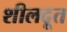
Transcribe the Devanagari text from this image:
शीलदूत